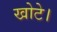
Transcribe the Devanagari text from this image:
खोटे।